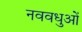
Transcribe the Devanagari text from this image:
नववधुओं